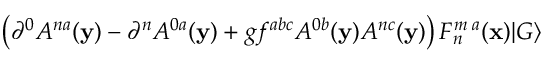
\left( \partial ^ { 0 } A ^ { n a } ( { \bf y } ) - \partial ^ { n } A ^ { 0 a } ( { \bf y } ) + g f ^ { a b c } A ^ { 0 b } ( { \bf y } ) A ^ { n c } ( { \bf y } ) \right) F _ { n } ^ { m \; a } ( { \bf x } ) \vert G \rangle